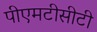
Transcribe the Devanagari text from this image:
पीएमटीसीटी